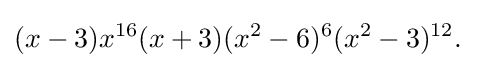
(x-3)x^{16}(x+3)(x^{2}-6)^{6}(x^{2}-3)^{12}.\